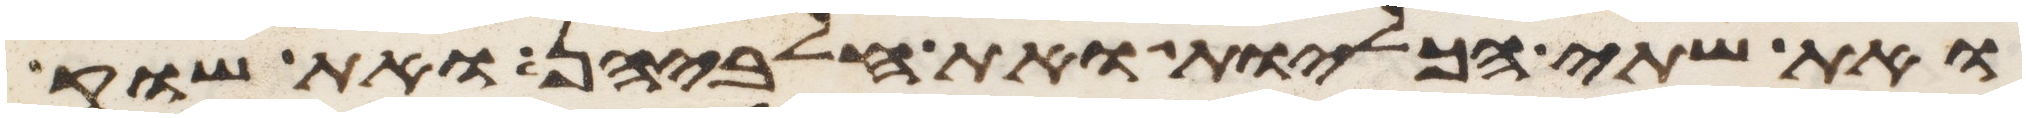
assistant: ואת שתי הכליות ואת חלביהן ואת שוק